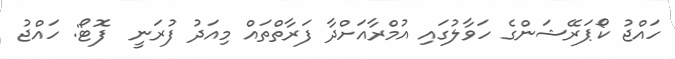
ހައްޖު ކޯޕަރޭޝަންގެ ހަވާލުގައި އުމްރާއަށްދާ ފަރާތްތައް މިއަދު ފުރަނީ  ފޮޓޯ: ހައްޖު